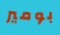
بومير